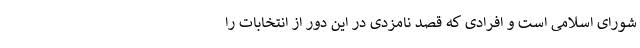
شورای اسلامی است و افرادی که قصد نامزدی در این دور از انتخابات را